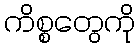
ကိစ္စတွေကို